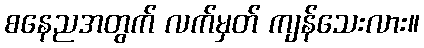
စနေညအတွက် လက်မှတ် ကျန်သေးလား။